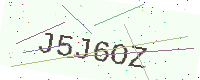
Text: J5J6OZ